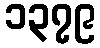
၁၃၇၉